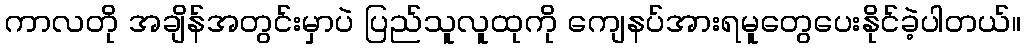
ကာလတို အချိန်အတွင်းမှာပဲ ပြည်သူလူထုကို ကျေနပ်အားရမူတွေပေးနိုင်ခဲ့ပါတယ်။